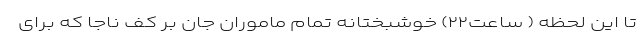
تا این لحظه ( ساعت۲۲) خوشبختانه تمام ماموران جان بر کف ناجا که برای